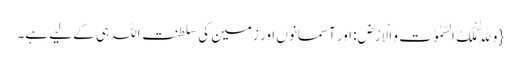
{وَ لِلّٰهِ مُلْکُ السَّمٰوٰتِ وَ الْاَرْضِ: اور آسمانوں اور زمین کی سلطنت اللہ ہی کے لیے ہے۔